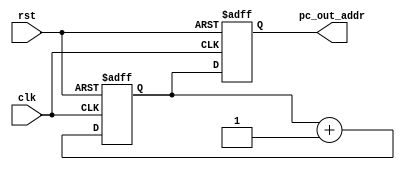
module pc (
    input clk,                 // Clock input
    input rst,                 // Reset signal
    output reg [5:0] pc_out_addr // Address output for instruction memory
);
    reg [5:0] next_addr;       // next address register
    
    always @(posedge clk or posedge rst) begin
        if (rst) begin
            next_addr <= 5'b00000; // Reset the next_addr to 0
            pc_out_addr <= 5'b00000;    // Reset the address output
        end
        else begin
            // Increment the counter on each clock cycle
            next_addr <= next_addr + 1;
            
            // Output the incremented value as the address
            pc_out_addr <= next_addr;
        end
    end
endmodule


module instr_memory (
    input [5:0] mem_addr, 
    input [10:0] instr_in,    // Address for writing instruction. i.e 8 words memory
    output reg [10:0] mem_instr_out, // Instruction output
    input rw, // read/write control
    input clk, // clock input
    input rst // reset signal
   );
    reg [10:0] mem[63:0]; // Instruction memory array
    integer i;
    // Memory initialization
    always @(*) begin
        if (rst) begin
	
		for (i = 0; i < 64; i = i + 8) begin 
            mem[i] = 11'b00010010010;   // Initialize each memory location to 0
            mem[i+1] = 11'b00110011010;
            mem[i+2] = 11'b01011010010;
            mem[i+3] = 11'b01110010010;
            mem[i+4] = 11'b10010110010;
            mem[i+5] = 11'b10110011110;
            mem[i+6] = 11'b11010011010;
            mem[i+7] = 11'b11111110010;
	
        end

        end
    end

    // Memory read and write operations
    always @(posedge clk) begin
        if (!rst) begin
            if (!rw)
                mem[mem_addr] <= instr_in;
            else
                mem_instr_out <= mem[mem_addr]; // Read operation
        end
    end
endmodule

module decoder(in_decoder,en,opcode,out_decoder);
input [10:0]in_decoder;
input en;
output reg [2:0]opcode; 
output reg[7:0]out_decoder;
  always @(*)
  begin
    if(en==1)
      begin
  opcode = in_decoder[10:8];
  out_decoder = in_decoder[7:0];
   end
//  else
 // begin
 // opcode = 0;
 // out_decoder = 0;
// end
end
endmodule



module instr_reg(ir_inp_instr,en,ir_op_instr); 
  input [10:0]ir_inp_instr;
  input en;
  output reg [10:0]ir_op_instr;
  always @(*)
  begin
    if(en==1)begin
  ir_op_instr <= ir_inp_instr;
end
end
endmodule

module alu(
    input   [7:0] alu_in1,   
    input   [7:0] alu_in2,
    input   [2:0] alu_opcode,
    output  zero,
    output  carry,
    output  negative,
    output  [7:0] alu_result
);

    reg [8:0] result_with_carry;

    // Outputs
    reg zero_reg, carry_reg, negative_reg;

    // Intermediate signals
    reg [7:0] result_reg;

    always @* begin
        case(alu_opcode)
            3'b000: begin  // Bitwise OR
                result_reg = alu_in1 | alu_in2;
		zero_reg = result_reg == 8'b0;
		carry_reg = 1'b0;
		negative_reg = 1'b0;
            end

            3'b001: begin  // Bitwise XOR
                result_reg = alu_in1 ^ alu_in2;
		zero_reg = result_reg == 8'b0;
		carry_reg = 1'b0;
		negative_reg = 1'b0;
            end

            3'b010: begin  // Addition
                result_with_carry = alu_in1 + alu_in2;
                carry_reg = result_with_carry[8];
                result_reg = result_with_carry[7:0];
                zero_reg = result_reg == 8'b0;
		negative_reg = 1'b0;
            end

            3'b011: begin  // Subtraction
                result_with_carry = alu_in1 - alu_in2;
                negative_reg = alu_in1 < alu_in2;
                if (alu_in1 >= alu_in2) begin
                    carry_reg = 1'b0;
                    zero_reg = result_with_carry[7:0] == 8'b0;
		    negative_reg = 1'b0;
                end else begin
                    result_reg = ~result_with_carry[7:0] + 1'b1;
                    carry_reg = 1'b0;
                    zero_reg = 1'b0;
                    negative_reg = 1'b1;
                end
            end

            3'b100: begin  // Compare 
                negative_reg = alu_in1 < alu_in2;
                carry_reg = alu_in1 >= alu_in2;  // Carry flag indicates A >= B
                zero_reg = alu_in1 == alu_in2;
            end

            3'b101: begin  // Bitwise AND
                result_reg = alu_in1 & alu_in2;
                zero_reg = result_reg == 8'b0;
                carry_reg = 1'b0;
                negative_reg = 1'b0;
            end
            
            3'b110: begin  // Shift Left (SLL)
                result_reg = alu_in1 << alu_in2[2:0];
                zero_reg = result_reg == 8'b0;
		carry_reg = 1'b0;
                negative_reg = 1'b0;
            end
            
            3'b111: begin  // Shift Right (SRL)
                result_reg = alu_in1 >> alu_in2[2:0];
                zero_reg = result_reg == 8'b0;
		carry_reg = 1'b0;
                negative_reg = 1'b0;
            end
            
            
	    default: begin
    // Default to grounding the floating pins
    result_reg[0] = 1'b0; // Set bit 0 to 0
    result_reg[1] = 1'b0; // Set bit 1 to 0
    result_reg[2] = 1'b0; // Set bit 2 to 0
    result_reg[3] = 1'b0; // Set bit 3 to 0
    result_reg[4] = 1'b0; // Set bit 4 to 0
    result_reg[5] = 1'b0; // Set bit 5 to 0
    result_reg[6] = 1'b0; // Set bit 6 to 0
    result_reg[7] = 1'b0; // Set bit 7 to 0
    zero_reg = 1'b1;     // Ground zero output
    carry_reg = 1'b0;    // Ground carry output
    negative_reg = 1'b0; // Ground negative output
end
        
endcase
    end

    assign zero = zero_reg;
    assign carry = carry_reg;
    assign negative = negative_reg;
    assign alu_result = result_reg;

endmodule

module ff (
    input wire clk,       // Clock input
    input d,        // 8-bit Data input
    output reg q    // 8-bit Output
);

    always @(posedge clk) begin
        q <= d;           // Update output based on data input on positive clock edge
    end

endmodule

module ff_8bit (
    input wire clk,      // Clock input
    input [7:0] d,       // 8-bit Data input
    output reg [7:0] q   // 8-bit Output
);

    always @(posedge clk) begin
        q <= d;  // Update output based on data input on positive clock edge
    end

endmodule


module top8_module (
    input clk,                   // Clock input
    input rst,                   // Reset signal
    input [7:0] alu_in1_inp,
    
    input [10:0] inst_in,        // Instruction input
    input rw,                    // Read/Write control
    input en,
    output wire [7:0] alu_result,
    output wire ff_zero,
    output wire ff_carry,
    output wire ff_negative
);
    wire ff_pc_rst;
    wire [7:0] alu_in1_ff; // Declare 8-bit wire to connect flip-flop output to ALU input
    wire [5:0] pc_out_addr;      // Address output for instruction memory
    wire [10:0] mem_instr_out;   // Output from instruction memory
    wire [10:0] ir_op_instr;     // Output from instruction register
    wire [2:0] opcode;           // Output opcode from decoder
    wire [7:0] out_decoder;      // Output from decoder
    wire carry;                  // ALU carry output
    wire negative;               // ALU negative output
    wire zero;                   // ALU zero output

    // Instantiate 8-bit flip-flop for alu_in1
    ff_8bit ff_alu_in1 (
        .clk(clk),
        .d(alu_in1_inp),
        .q(alu_in1_ff)
    );

    // Instantiate Program Counter
    pc pc_inst (
        .clk(clk),
        .rst(ff_pc_rst),
        .pc_out_addr(pc_out_addr)
    );

    // Instantiate Instruction Memory
    instr_memory mem_inst (
        .rw(rw),
        .instr_in(inst_in),
        .mem_addr(pc_out_addr),
        .mem_instr_out(mem_instr_out),
        .clk(clk),
        .rst(rst)
    );
    
    // Instantiate instruction register
    instr_reg ir_inst (
        .ir_inp_instr(mem_instr_out),
        .en(en),
        .ir_op_instr(ir_op_instr)
    );

    // Instantiate decoder
    decoder decoder_inst (
        .in_decoder(ir_op_instr),
        .en(en),
        .opcode(opcode),
        .out_decoder(out_decoder)
    );

    // Instantiate flip-flops
    ff ff_pc_rst_inst (
        .clk(clk),
        .d(rst),
        .q(ff_pc_rst)
    );

    ff ff_carry_inst (
        .clk(clk),
        .d(carry),
        .q(ff_carry)
    );

    ff ff_zero_inst (
        .clk(clk),
        .d(zero),
        .q(ff_zero)
    );

    ff ff_negative_inst (
        .clk(clk),
        .d(negative),
        .q(ff_negative)
    );

    // Instantiate ALU
    alu alu_inst (
        .alu_in1(alu_in1_ff),  // Connect to the output of 8-bit flip-flop
        .alu_in2(out_decoder),
        .alu_opcode(opcode),
        .zero(zero),
        .carry(carry),
        .negative(negative),
        .alu_result(alu_result)
    );

endmodule